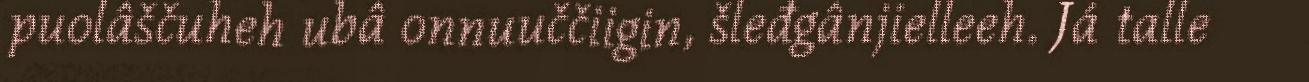
puolâščuheh ubâ onnuuččiigin, šleđgânjielleeh. Já talle